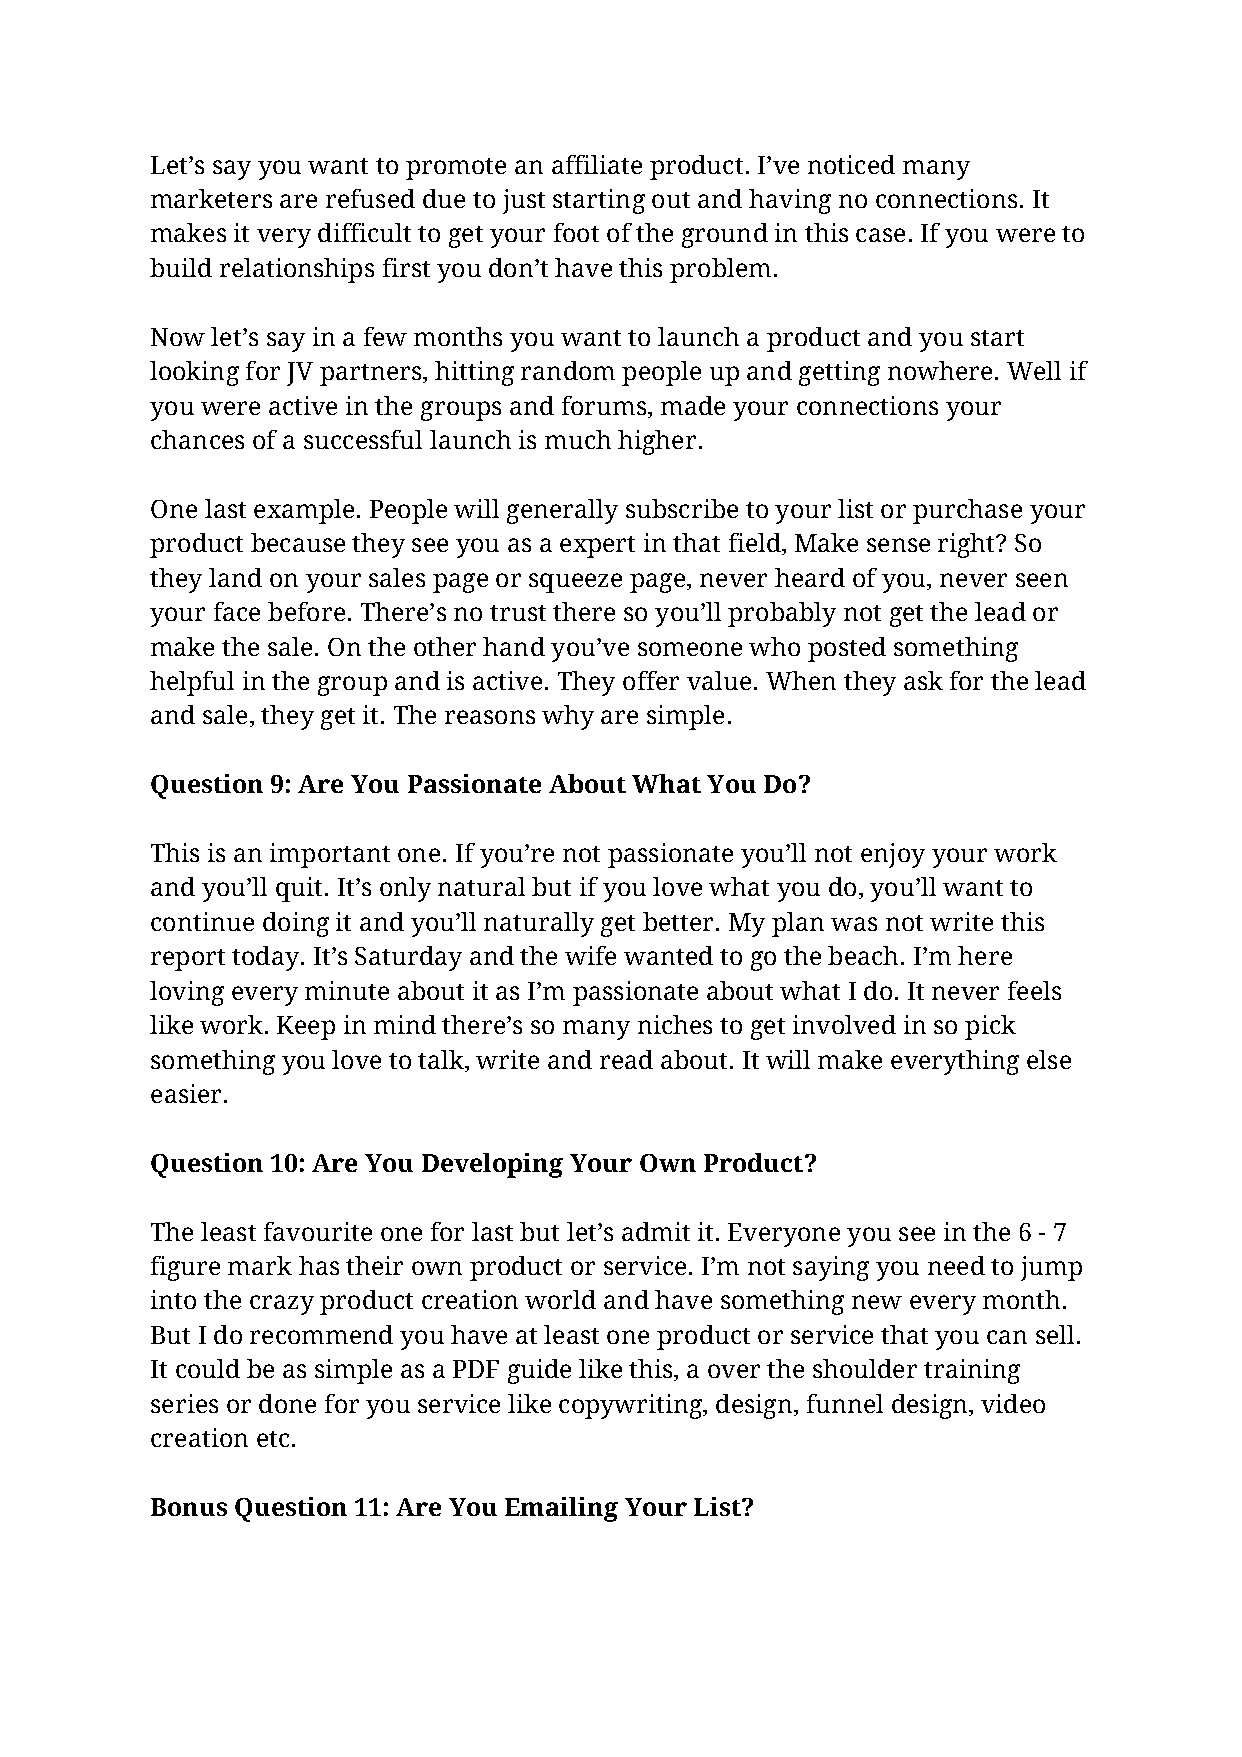
Let’s say you want to promote an affiliate product. I’ve noticed many
 marketers are refused due to just starting out and having no connections. It
 makes it very difficult to get your foot of the ground in this case. If you were to
 build relationships first you don’t have this problem.
 Now let’s say in a few months you want to launch a product and you start
 looking for JV partners, hitting random people up and getting nowhere. Well if
 you were active in the groups and forums, made your connections your
 chances of a successful launch is much higher.
 One last example. People will generally subscribe to your list or purchase your
 product because they see you as a expert in that field, Make sense right? So
 they land on your sales page or squeeze page, never heard of you, never seen
 your face before. There’s no trust there so you’ll probably not get the lead or
 make the sale. On the other hand you’ve someone who posted something
 helpful in the group and is active. They offer value. When they ask for the lead
 and sale, they get it. The reasons why are simple.
 Question 9: Are You Passionate About What You Do?
 This is an important one. If you’re not passionate you’ll not enjoy your work
 and you’ll quit. It’s only natural but if you love what you do, you’ll want to
 continue doing it and you’ll naturally get better. My plan was not write this
 report today. It’s Saturday and the wife wanted to go the beach. I’m here
 loving every minute about it as I’m passionate about what I do. It never feels
 like work. Keep in mind there’s so many niches to get involved in so pick
 something you love to talk, write and read about. It will make everything else
 easier.
 Question 10: Are You Developing Your Own Product?
 The least favourite one for last but let’s admit it. Everyone you see in the 6 - 7
 figure mark has their own product or service. I’m not saying you need to jump
 into the crazy product creation world and have something new every month.
 But I do recommend you have at least one product or service that you can sell.
 It could be as simple as a PDF guide like this, a over the shoulder training
 series or done for you service like copywriting, design, funnel design, video
 creation etc.
 Bonus Question 11: Are You Emailing Your List?